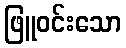
ဖြူဝင်းသော